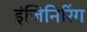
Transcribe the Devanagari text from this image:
इंजिनिरिंग